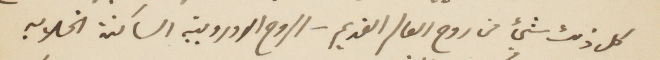
كل ذلك شيء من روح العالم القديم  - الروح الاوروبية الساكنة الخلابة